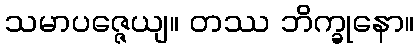
သမာပဇ္ဇေယျ။ တဿ ဘိက္ခုနော။